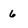
Character: 6